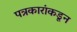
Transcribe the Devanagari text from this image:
पत्रकारांकडून